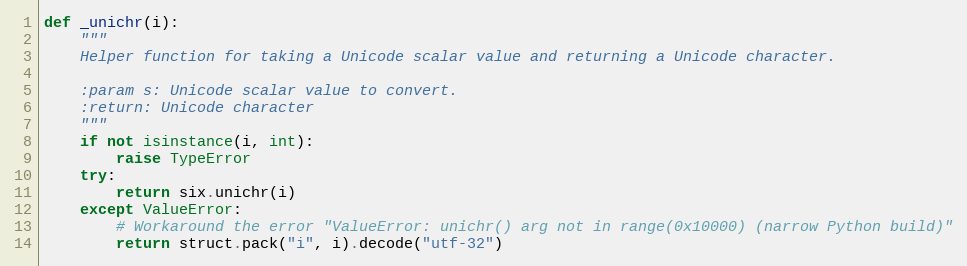
Language: Python
def _unichr(i):
    """
    Helper function for taking a Unicode scalar value and returning a Unicode character.

    :param s: Unicode scalar value to convert.
    :return: Unicode character
    """
    if not isinstance(i, int):
        raise TypeError
    try:
        return six.unichr(i)
    except ValueError:
        # Workaround the error "ValueError: unichr() arg not in range(0x10000) (narrow Python build)"
        return struct.pack("i", i).decode("utf-32")